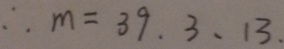
\therefore m = 3 9 . 3 、 1 3 .